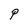
Character: P